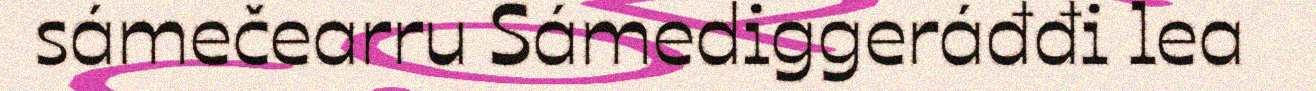
sámečearru Sámediggeráđđi lea